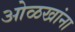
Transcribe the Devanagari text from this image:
ओळखांना